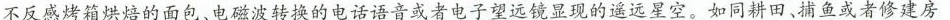
不反感烤箱烘焙的面包、电磁波转烧的电话语音或者电子望远镜显现的遥远星空。如同耕田，捕鱼或者修建房